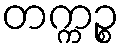
တက္ကဉ္စ